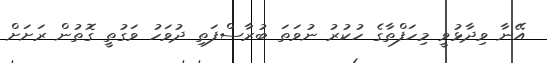
އޭނާ ވިދާޅުވީ މިހަފްތާގެ ހުކުރު ނުވަތަ ބުރާސްފަތި ދުވަހު ވަގުތީ ގޮތުން ރަށަށް